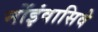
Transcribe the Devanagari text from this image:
नोंइंवासिवे